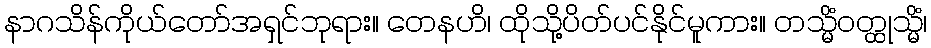
နာဂသိန်ကိုယ်တော်အရှင်ဘုရား။ တေနဟိ၊ ထိုသို့ပိတ်ပင်နိုင်မူကား။ တသ္မိံဝတ္ထုသ္မိံ၊